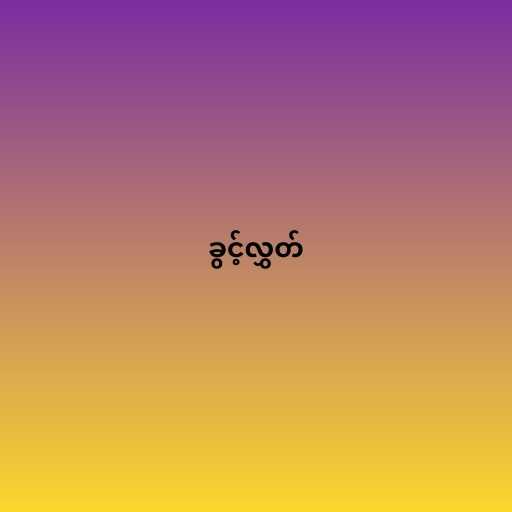
ခွင့်လွှတ်